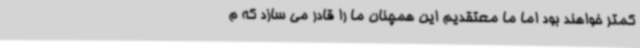
کمتر خواهند بود اما ما معتقدیم این همچنان ما را قادر می سازد که م